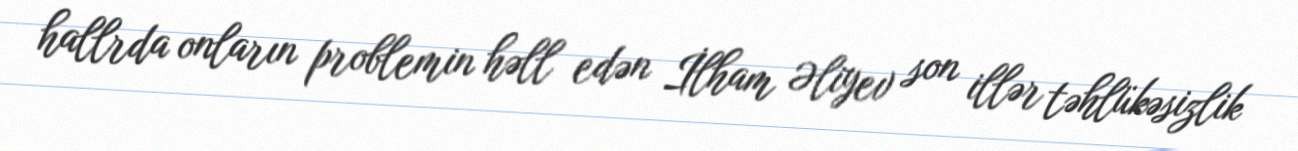
hallrda onların problemin həll edən İlham Əliyev son illər təhlükəsizlik